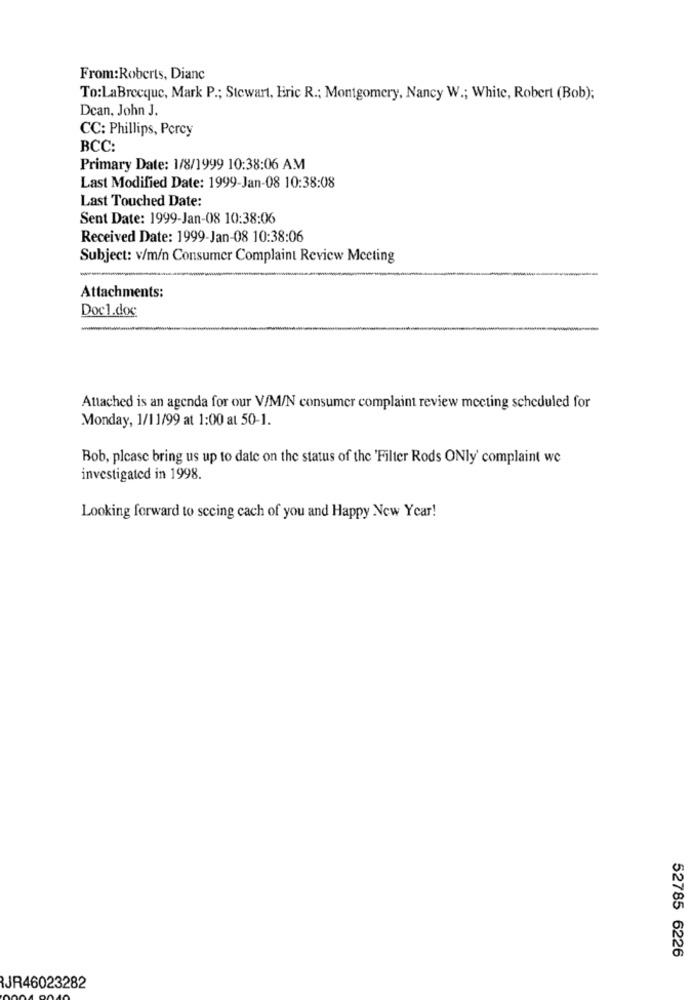
From:Roberts, Dianc
To:LaBrecque, Mark P .; Stewart, Eric R .; Montgomery, Nancy W .; White, Robert (Bob);
Dean, John J.
CC: Phillips, Percy
BCC:
Primary Date: 1/8/1999 10:38:06 AM
Last Modified Date: 1999-Jan-08 10:38:08
Last Touched Date:
Sent Date: 1999-Jan-08 10:38:06
Received Date: 1999-Jan-08 10:38:06
Subject: v/m/n Consumer Complaint Review Meeting
Attachments:
Doc1.doc
Attached is an agenda for our V/M/N consumer complaint review meeting scheduled for
Monday, 1/11/99 at 1:00 at 50-1.
Bob, please bring us up to date on the status of the 'Filter Rods ONly' complaint we
investigated in 1998.
Looking forward to seeing cach of you and Happy New Year!
52785 6226
JR46023282